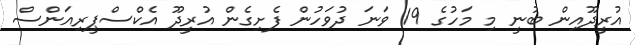
އުރީދޫއިން ބުނީ މި މަހުގެ 19 ވަަނަ ދުވަހުން ފެށިގެން އުރީދޫ އެކްސްޕީރިއަންސް